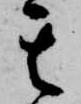
其